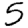
Digit: 5